65_HS1-834228961_62-HQ-83894_Section_6
Agency: FBI
Page 201
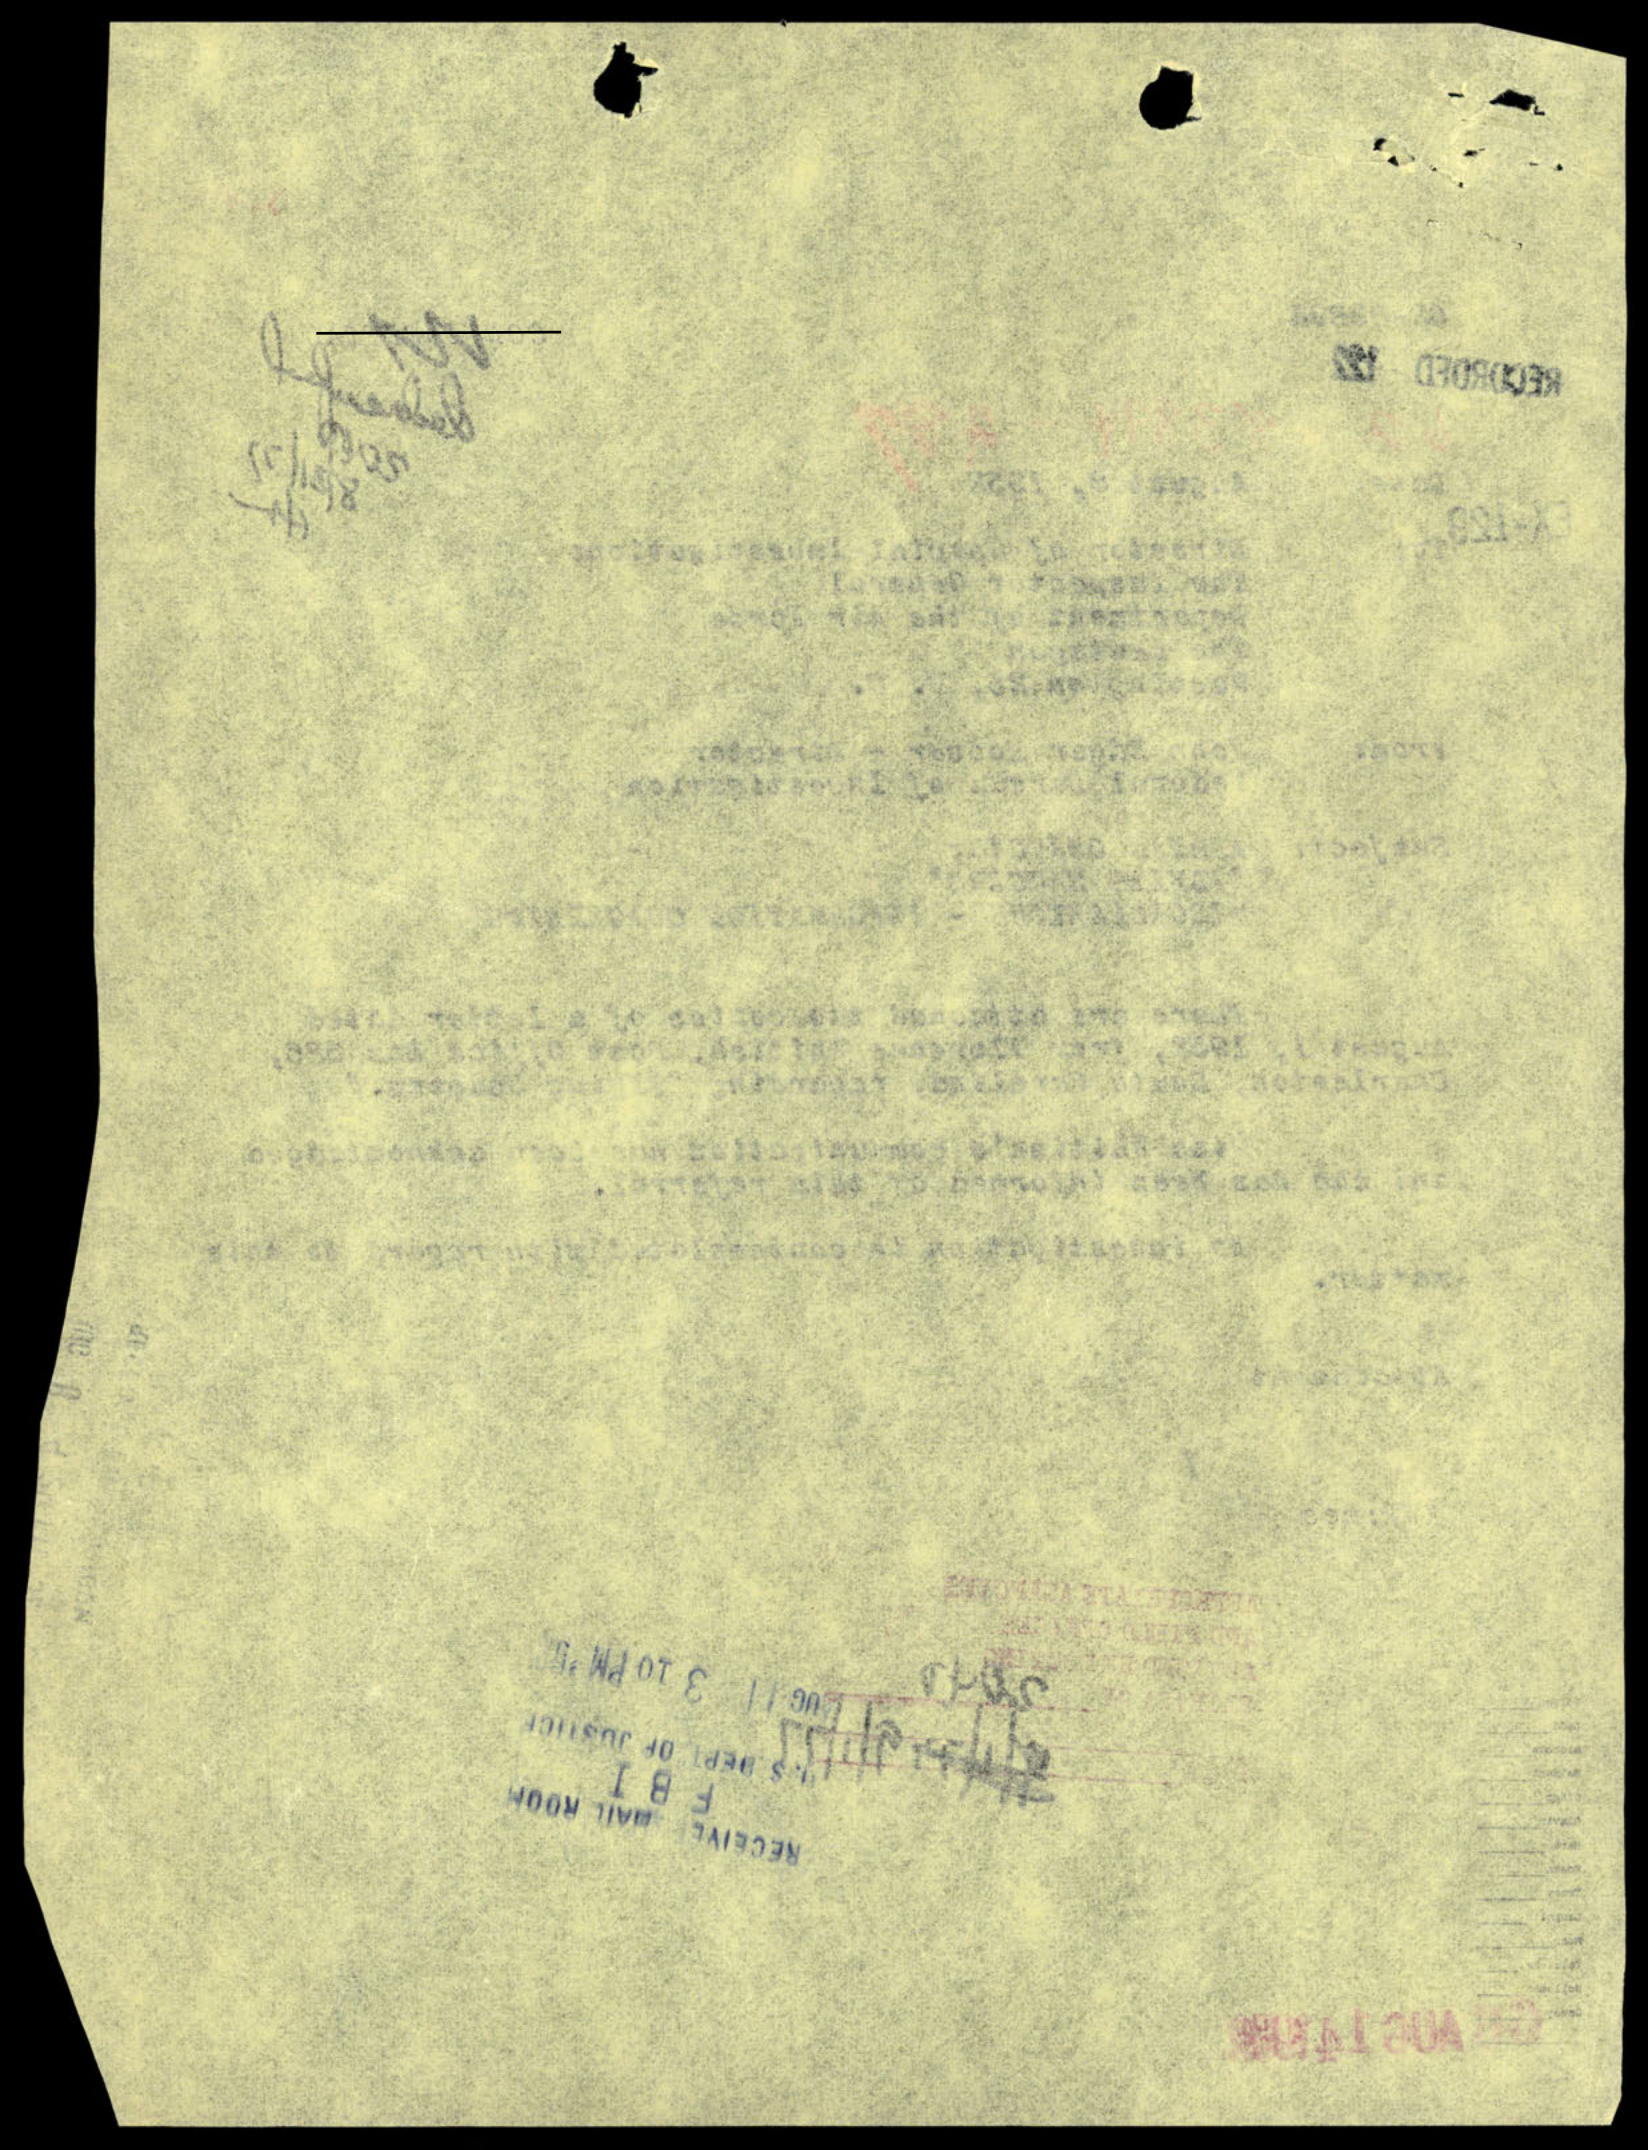